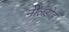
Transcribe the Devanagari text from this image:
नीलडोह